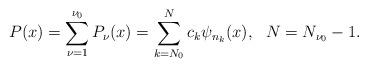
LaTeX: \begin{align*}P(x)=\sum_{\nu =1}^{\nu_0}P_{\nu}(x)=\sum_{k=N_{0}}^{N}c_{k}\psi_{n_k}(x),\ \ N=N_{\nu_0}-1.\end{align*}